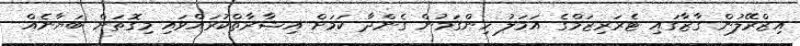
އިޒްރޭލުން ގާޒާގައި ޓެރަރިޒަމްގެ އަމަލު ހިންގަމުން ގެންދާ ކަމަށް އިޝާރާތްކުރައްވައި މިގޮތަށް ބަޔާނެއް